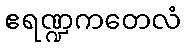
ဧရဏ္ဍကတေလံ